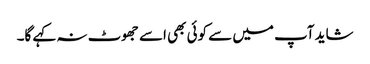
شاید آپ میں سے کوئی بھی اسے جھوٹ نہ کہے گا۔